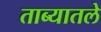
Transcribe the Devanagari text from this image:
ताब्यातले